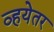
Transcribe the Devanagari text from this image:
व्हयेतर